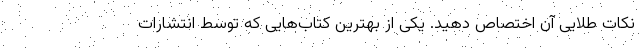
نکات طلایی آن اختصاص دهید. یکی از بهترین کتاب‌هایی که توسط انتشارات